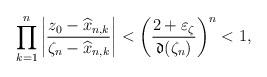
LaTeX: \begin{align*}\prod_{k=1}^{n}\left|\frac{z_0-\widehat{x}_{n,k}}{\zeta_n-\widehat{x}_{n,k}} \right| < \left( \frac{2+\varepsilon_{\zeta}}{\mathfrak{d}(\zeta_n)} \right)^{n}< 1,\end{align*}